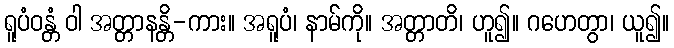
ရူပံဝန္တံ ဝါ အတ္တာနန္တိ-ကား။ အရူပံ၊ နာမ်ကို။ အတ္တာတိ၊ ဟူ၍။ ဂဟေတွာ၊ ယူ၍။